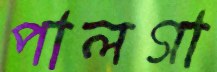
পালগা